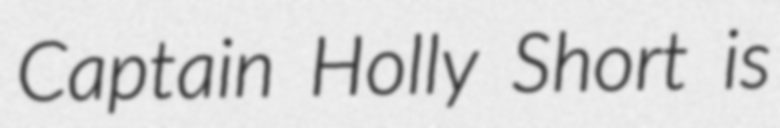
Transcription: Captain Holly Short is